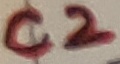
Text: C2